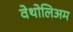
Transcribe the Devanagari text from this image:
वेथोलिअम